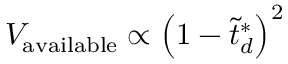
V _ { \mathrm { { a v a i l a b l e } } } \propto \left( 1 - \tilde { { t } } _ { d } ^ { * } \right) ^ { 2 }